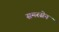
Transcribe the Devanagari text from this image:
समरसेन